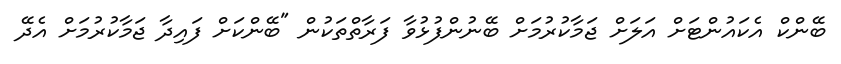
ބޭންކް އެކައުންޓަށް އަލަށް ޖަމާކުރުމަށް ބޭނުންފުޅުވާ ފަރާތްތަކުން "ބޭންކަށް ފައިދާ ޖަމާކުރުމަށް އެދޭ